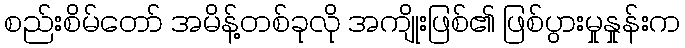
စည်းစိမ်တော် အမိန့်တစ်ခုလို အကျိုးဖြစ်၏ ဖြစ်ပွားမှုနှုန်းက